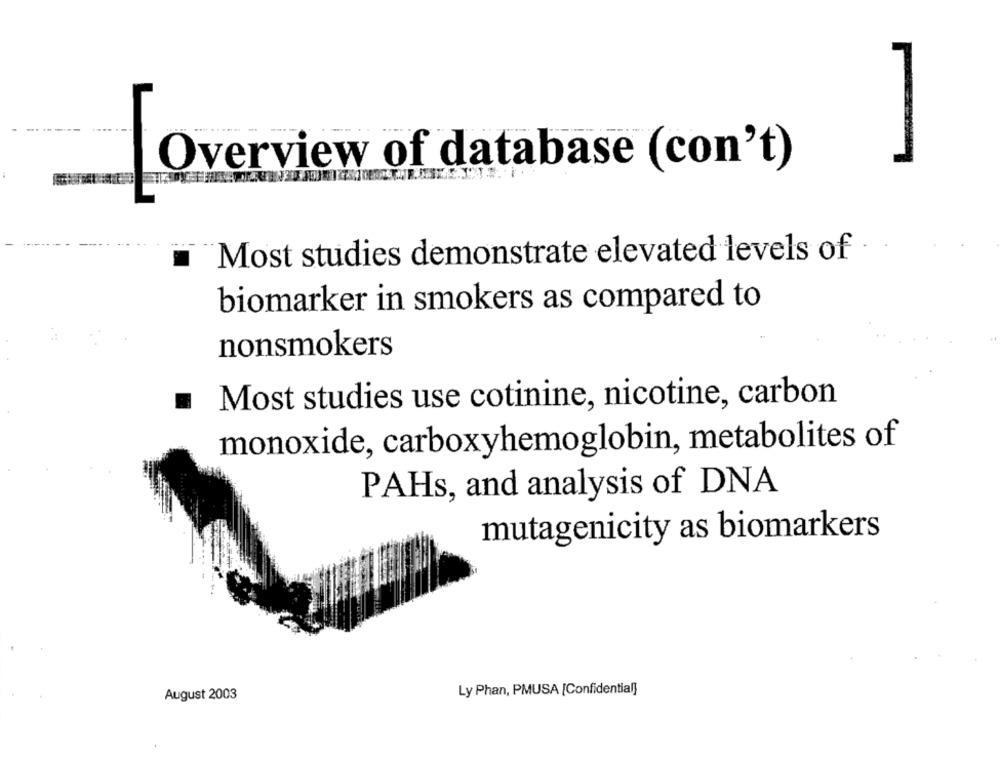
Overview of database (con't)
Most studies demonstrate elevated levels of
biomarker in smokers as compared to
nonsmokers
Most studies use cotinine, nicotine, carbon
monoxide, carboxyhemoglobin, metabolites of
PAHs, and analysis of DNA
mutagenicity as biomarkers
Ly Phan, PMUSA [Confidential]
August 2003